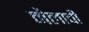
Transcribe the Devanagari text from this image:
मैलाची